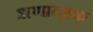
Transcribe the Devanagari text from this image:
ॠणात्मक